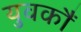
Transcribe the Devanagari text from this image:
युवकौं